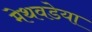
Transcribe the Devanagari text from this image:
मेथवडेया